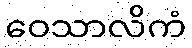
ဝေသာလိကံ